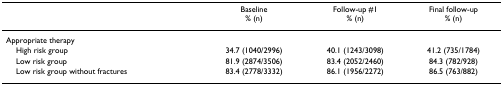
<table><thead><tr><td></td><td><b>Baseline% (n)</b></td><td><b>Follow-up #1% (n)</b></td><td><b>Final follow-up% (n)</b></td></tr></thead><tbody><tr><td>Appropriate therapy</td><td></td><td></td><td></td></tr><tr><td> High risk group</td><td>34.7 (1040/2996)</td><td>40.1 (1243/3098)</td><td>41.2 (735/1784)</td></tr><tr><td> Low risk group</td><td>81.9 (2874/3506)</td><td>83.4 (2052/2460)</td><td>84.3 (782/928)</td></tr><tr><td> Low risk group without fractures</td><td>83.4 (2778/3332)</td><td>86.1 (1956/2272)</td><td>86.5 (763/882)</td></tr></tbody></table>